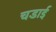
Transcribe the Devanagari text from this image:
चडाई